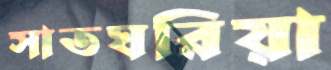
সাতঘরিয়া